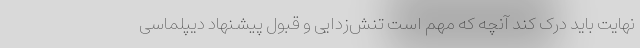
نهایت باید درک کند آنچه که مهم است تنش‌زدایی و قبول پیشنهاد دیپلماسی